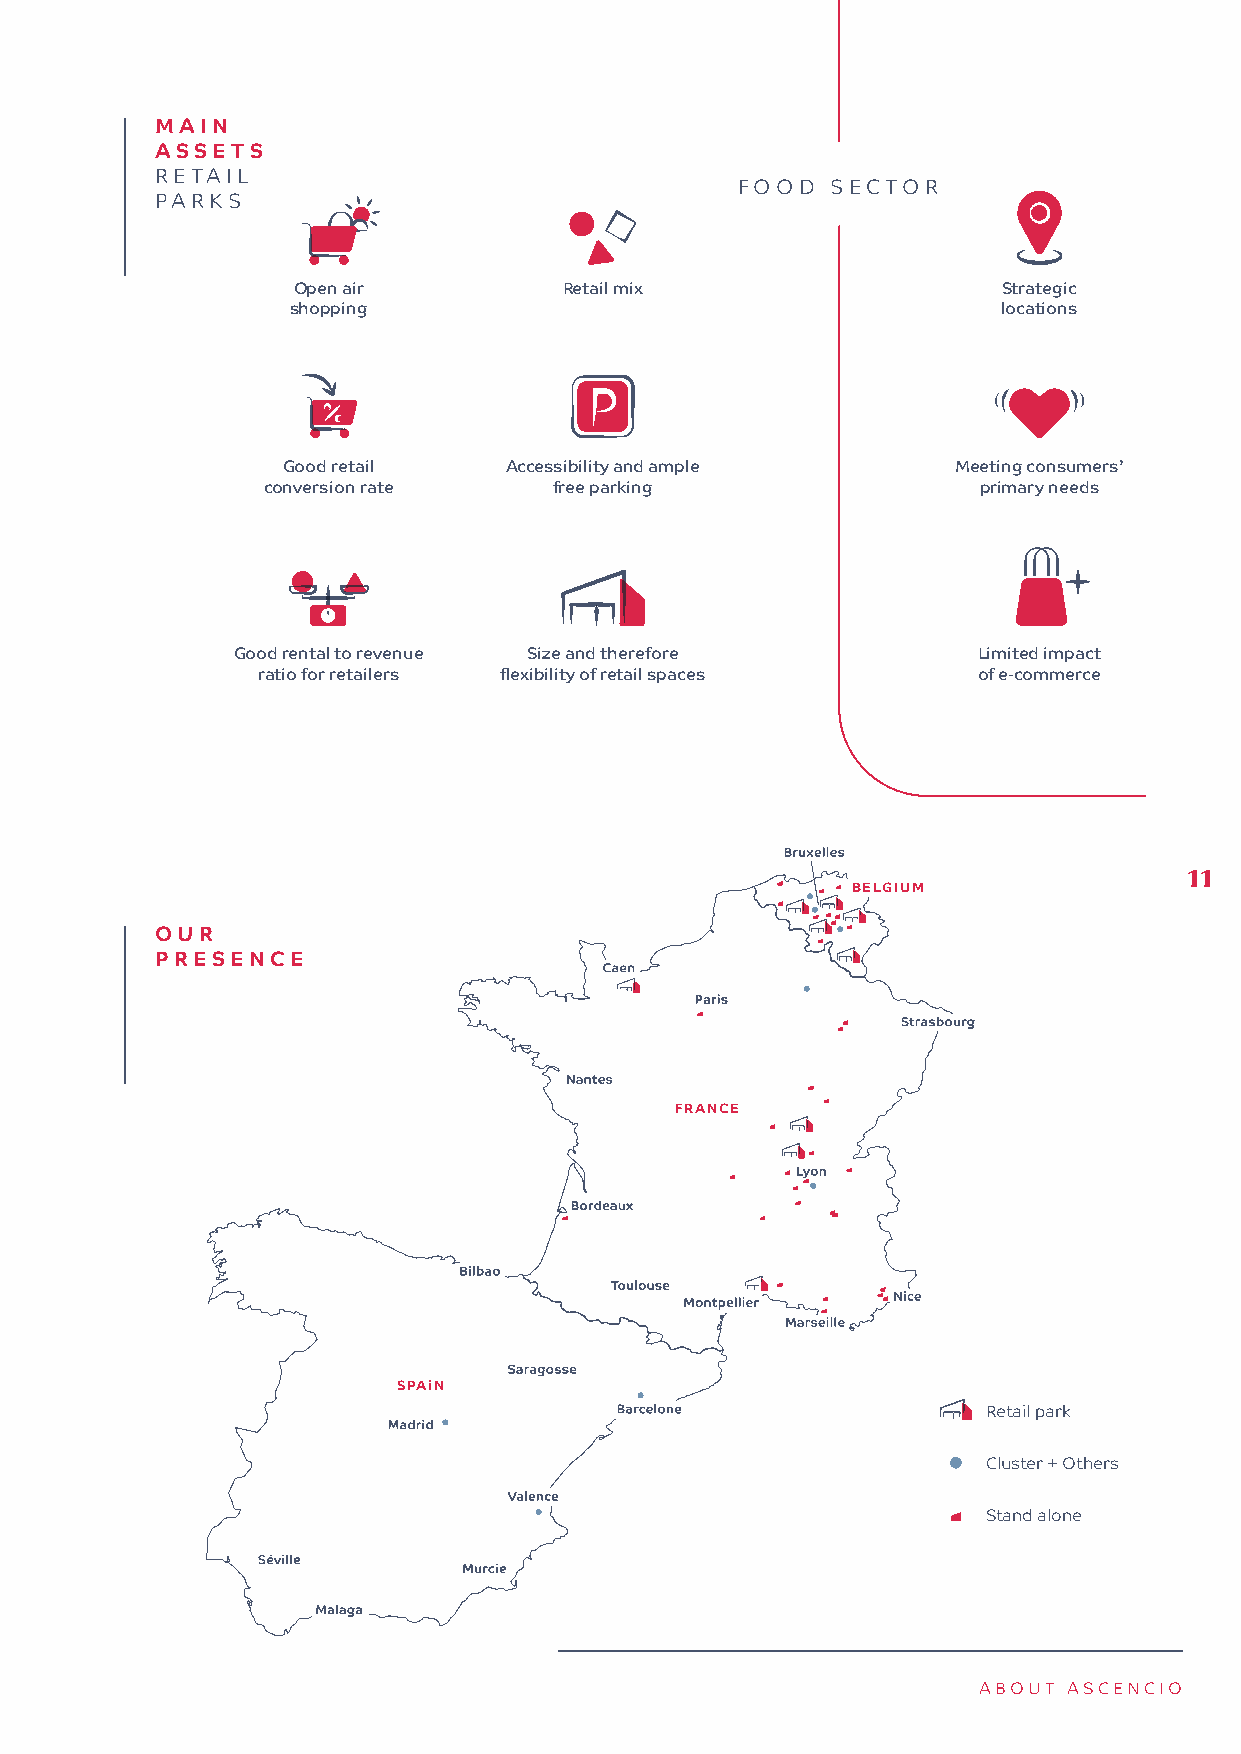
MAIN
 ASSETS
 RETAIL
 FOOD  SECTOR
 PARKS
 11
 Open air          Retail mix                   Strategic
 W O M E N          shopping                                       locations
 Good retail   Accessibility and ample       Meeting consumers’
 conversion rate     free parking                primary needs
 7
 M E N
 Good rental to revenue Size and therefore         Limited impact
 ratio for retailers flexibility of retail spaces of e-commerce
 11
 BELGIUM
 OUR
 PRESENCE
 FRANCE
 SPAiN
 Retail park
 Cluster + Others
 Stand alone
 ABOUT ASCENCIO